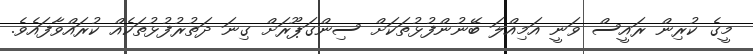
މީގެ ކުރިން ރައީސް ވަނީ އަމިއްލަ ބޭނުންފުޅުތަކަށް ސިންގަޕޫރަށް ގިނަ ދަތުރުފުޅުތަކެއް ކުރައްވާފައެވެ.